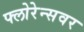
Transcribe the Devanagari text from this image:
फ्लोरेन्सवर